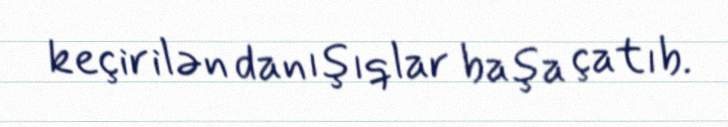
keçirilən danışıqlar başa çatıb.